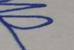
Signature authenticity: genuine